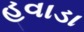
હવાડા